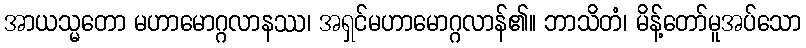
အာယသ္မတော မဟာမောဂ္ဂလာနဿ၊ အရှင်မဟာမောဂ္ဂလာန်၏။ ဘာသိတံ၊ မိန့်တော်မူအပ်သော